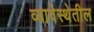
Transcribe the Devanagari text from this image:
व्यावेस्थेतील